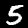
Digit: 5